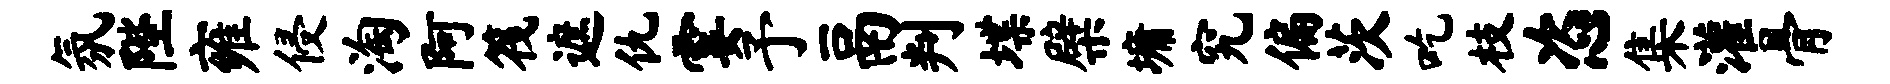
氛陛雍侵淘阿筏遮仇霎予鬲判堞檗墉究偏茨吃枝恣集灌骨